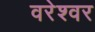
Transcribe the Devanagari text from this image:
वरेश्वर